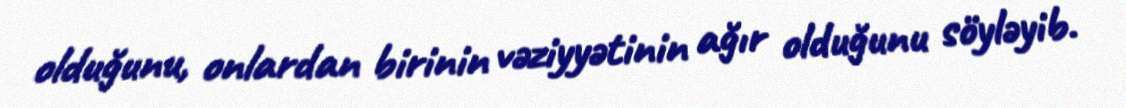
olduğunu, onlardan birinin vəziyyətinin ağır olduğunu söyləyib.